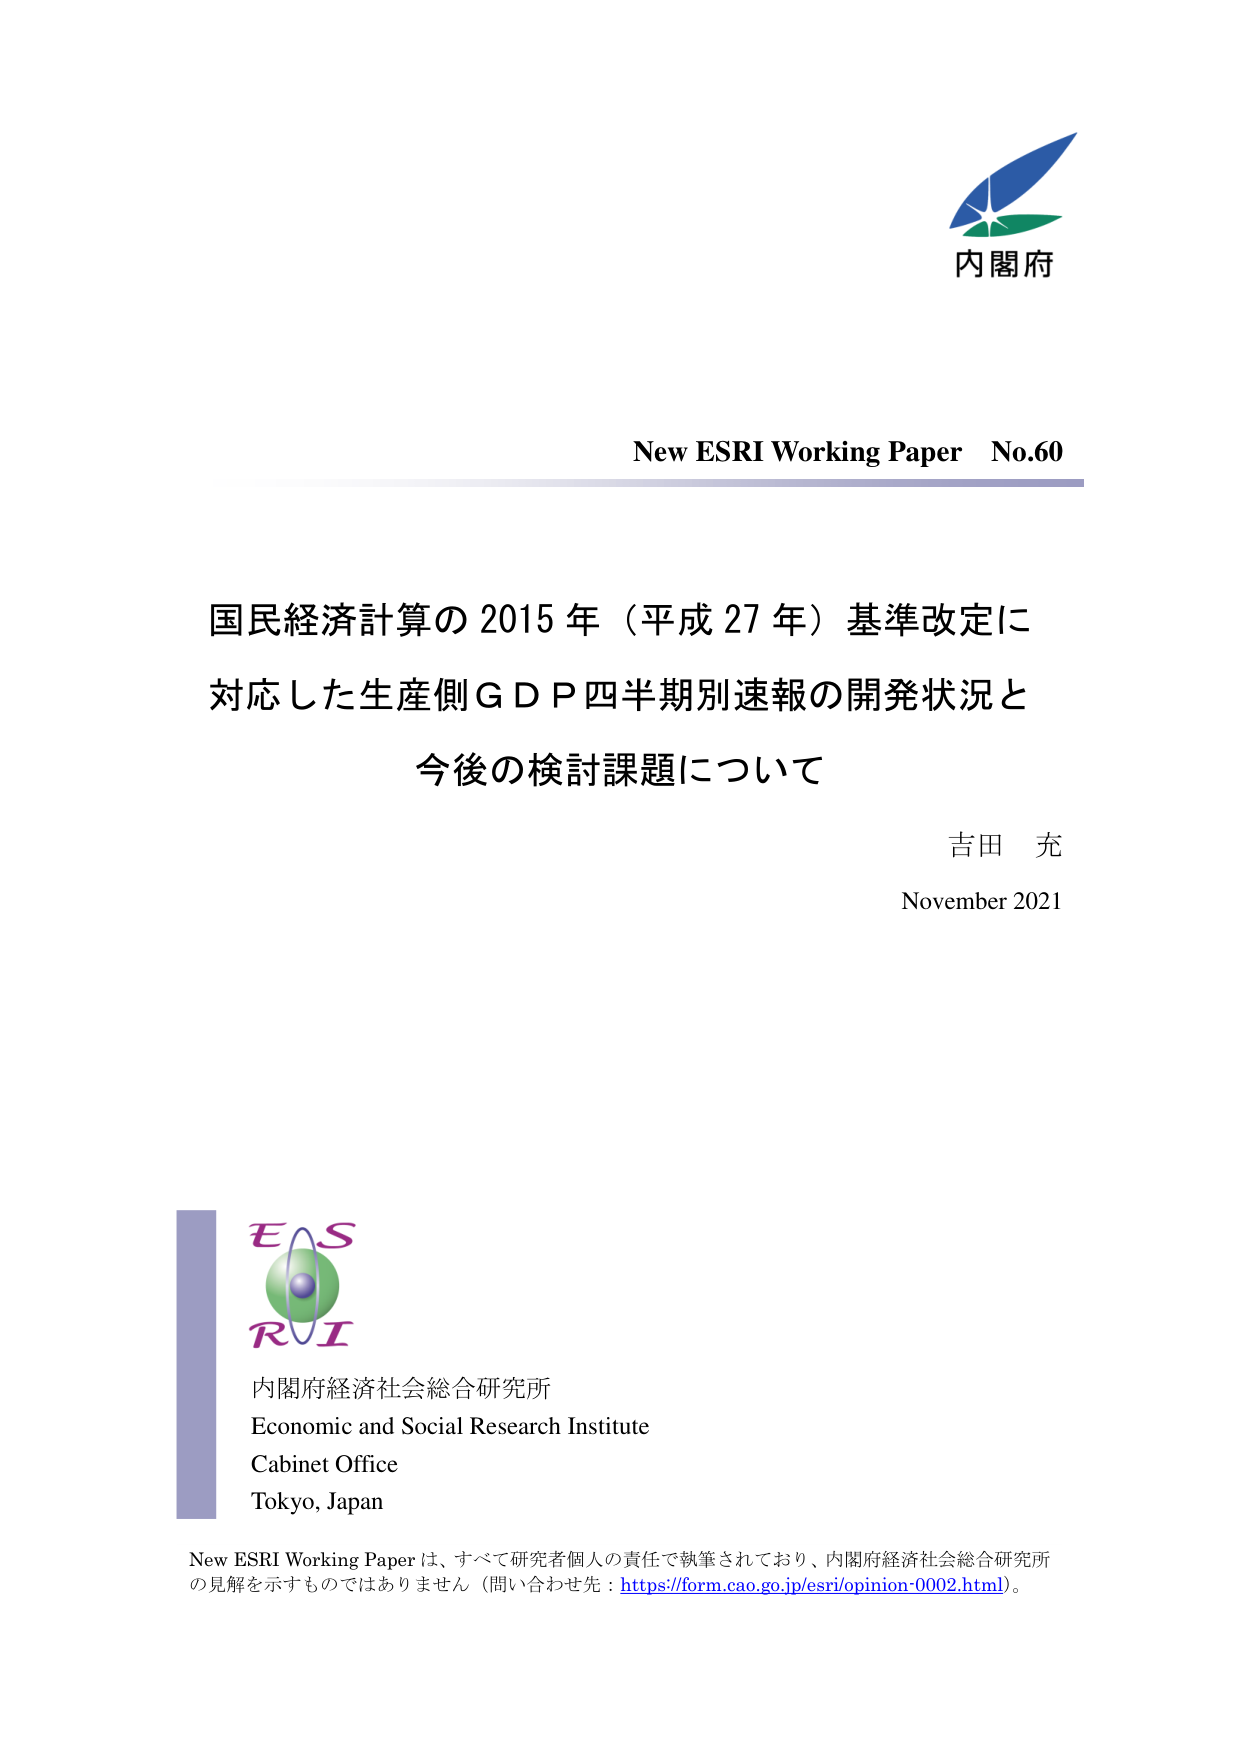
内閣府

New ESRI Working Paper No.60

国民経済計算の2015年（平成27年）基準改定に
対応した生産側GDP四半期別速報の開発状況と
今後の検討課題について

吉田 充
November 2021

ESRI
内閣府経済社会総合研究所
Economic and Social Research Institute
Cabinet Office
Tokyo, Japan

New ESRI Working Paperは、すべて研究者個人の責任で執筆されており、内閣府経済社会総合研究所
の見解を示すものではありません（問い合わせ先：https://form.cao.go.jp/esri/opinion-0002.html）。